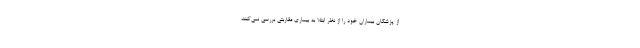
از پزشکان بیماران خود را از نظر ابتلا به بیماری مقاربتی بررسی نمی‌کنند